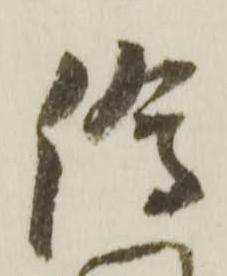
絵